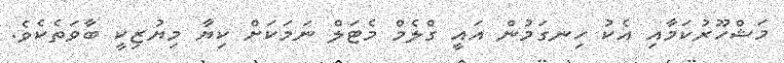
މަޝްހޫރުކަމާއި އެކު ހިނގަމުން އައީ ގްލެމް މެޓަލް ނަމަކަށް ކިޔާ މިޔުޒިކީ ބާވަތެކެވެ.